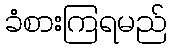
ခံစားကြရမည်